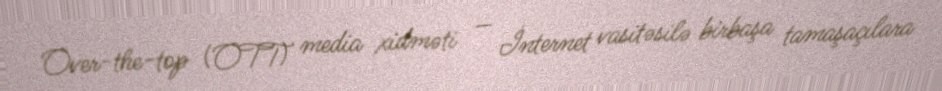
Over-the-top (OTT) media xidməti — İnternet vasitəsilə birbaşa tamaşaçılara